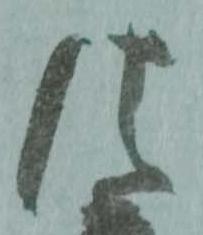
法